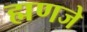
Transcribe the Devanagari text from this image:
ह्मणजे